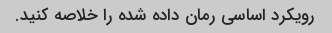
رویکرد اساسی رمان داده شده را خلاصه کنید.